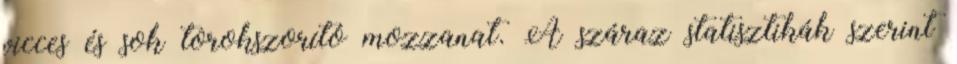
vicces és sok torokszorító mozzanat. A száraz statisztikák szerint